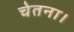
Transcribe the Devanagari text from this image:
चेतना।